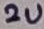
Text: 2u